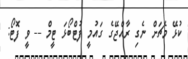
ކުޅޭ މެޗަށް ނެގި ރާއްޖޭގެ ގައުމީ ފުޓްބޯޅަ ޓީމް -- ވީ ފޮޓޯ: